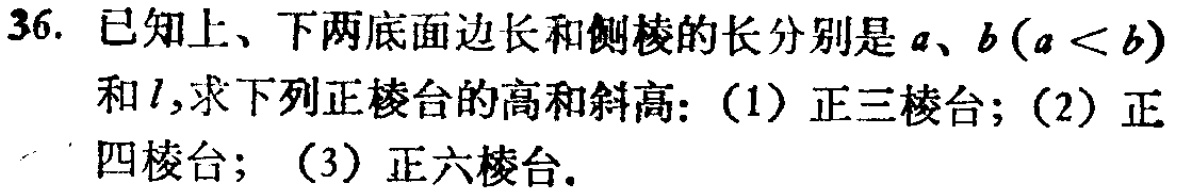
36. 已知上、下两底面边长和侧棱的长分别是\(a\)、\(b(a < b)\)和\(l\),求下列正棱台的高和斜高: (1) 正三棱台; (2) 正四棱台; (3) 正六棱台.